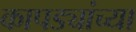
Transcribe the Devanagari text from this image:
कापड्यांच्या